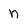
Character: n